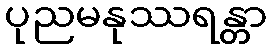
ပုညမနုဿရန္တာ